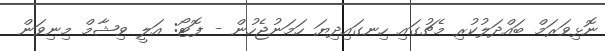
ނޮޅިވަރަމް ބައްދަލުކުރި މެޗުގައި ހިނގައިދިޔަ ހަމަނުޖެހުން - ފޮޓޯ: އަލީ ވިޝާމް މިނިވަން